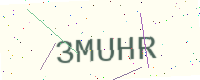
Text: 3MUHR